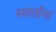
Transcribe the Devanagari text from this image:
स्मार्तांना